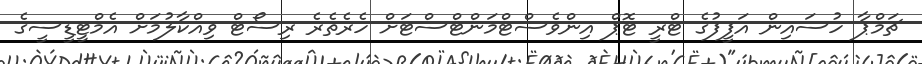
ޗަމްޕާ ހުސައިން އަފީފުގެ ޓްރީ ޓޮޕް އިންވެސްޓްމަންޓްސްޓަށް ހެރެތެރެ ރިސޯޓް ވިއްކާލުމަށް އެމްޓީޑީސީގެ